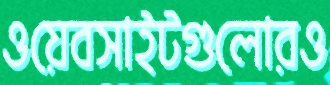
ওয়েবসাইটগুলোরও